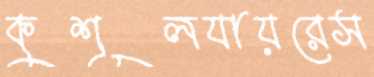
কুশূলযায়রেস